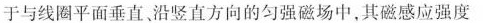
于与线圈平面垂直，沿竖直方向的匀强磁场中，其磁感应强度